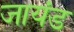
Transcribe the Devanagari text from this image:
जायंड